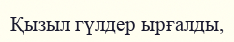
Қызыл гүлдер ырғалды,